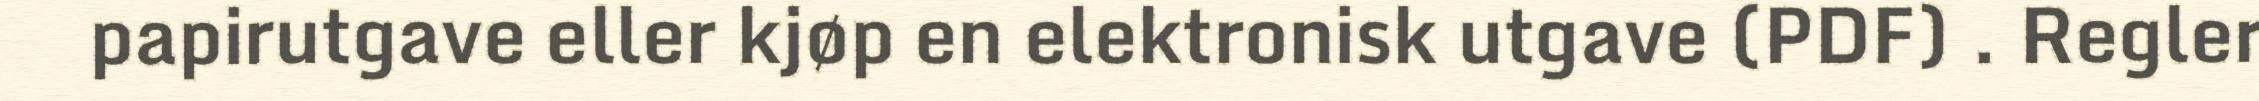
papirutgave eller kjøp en elektronisk utgave (PDF) . Regler